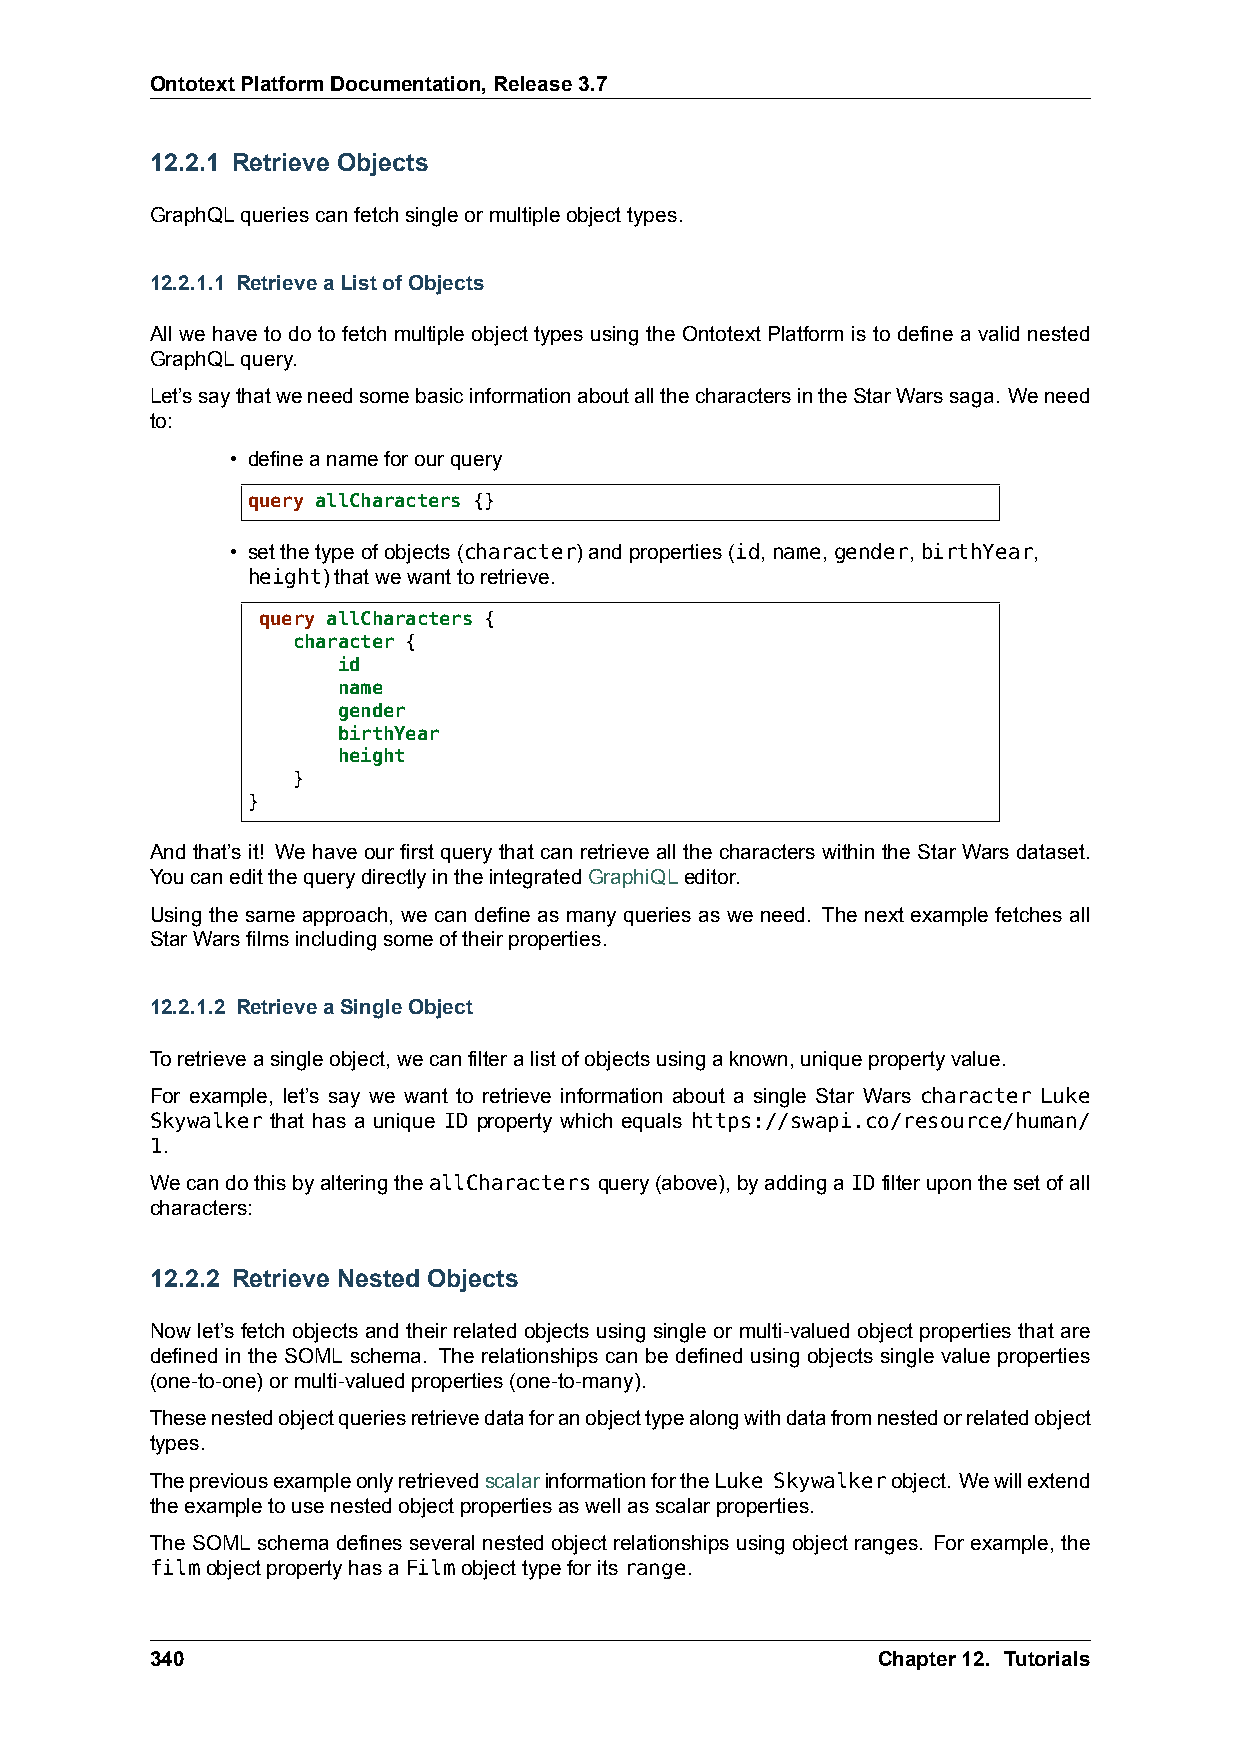
OntotextPlatformDocumentation,Release3.7
 12.2.1 Retrieve Objects
 GraphQLqueriescanfetchsingleormultipleobjecttypes.
 12.2.1.1 RetrieveaListofObjects
 All we have to do to fetch multiple object types using the Ontotext Platform is to define a valid nested
 GraphQLquery.
 Let’ssaythatweneedsomebasicinformationaboutallthecharactersintheStarWarssaga. Weneed
 to:
 • defineanameforourquery
 query allCharacters {}
 • setthetypeofobjects(character)andproperties(id,name,gender,birthYear,
 height)thatwewanttoretrieve.
 query allCharacters {
 character {
 id
 name
 gender
 birthYear
 height
 }
 }
 And that’s it! We have our first query that can retrieve all the characters within the Star Wars dataset.
 YoucaneditthequerydirectlyintheintegratedGraphiQLeditor.
 Using the same approach, we can define as many queries as we need. The next example fetches all
 StarWarsfilmsincludingsomeoftheirproperties.
 12.2.1.2 RetrieveaSingleObject
 Toretrieveasingleobject,wecanfilteralistofobjectsusingaknown,uniquepropertyvalue.
 For example, let’s say we want to retrieve information about a single Star Wars character Luke
 Skywalker that has a unique ID property which equals https://swapi.co/resource/human/
 1.
 WecandothisbyalteringtheallCharactersquery(above),byaddingaIDfilteruponthesetofall
 characters:
 12.2.2 Retrieve Nested Objects
 Now let’s fetch objects and their related objects using single or multi-valued object properties that are
 defined in the SOML schema. The relationships can be defined using objects single value properties
 (one-to-one)ormulti-valuedproperties(one-to-many).
 Thesenestedobjectqueriesretrievedataforanobjecttypealongwithdatafromnestedorrelatedobject
 types.
 ThepreviousexampleonlyretrievedscalarinformationfortheLuke Skywalkerobject. Wewillextend
 theexampletousenestedobjectpropertiesaswellasscalarproperties.
 The SOML schema defines several nested object relationships using object ranges. For example, the
 filmobjectpropertyhasaFilmobjecttypeforitsrange.
 340                                             Chapter12. Tutorials